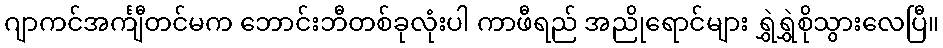
ဂျာကင်အင်္ကျီတင်မက ဘောင်းဘီတစ်ခုလုံးပါ ကာဖီရည် အညိုရောင်များ ရွှဲရွှဲစိုသွားလေပြီ။